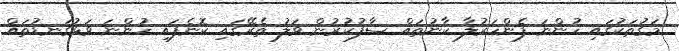
މަގުތަކުގައި ހުންނަ ފެންހަރުލާ ކާނުތައް ސާފުކުރުން ވަލު ތެރޭގައި ކޮނެފައި ހުންނަ ވަޅުގަނޑުތައް